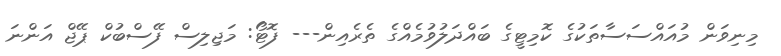
މިނިވަން މުއައްސަސާތަކުގެ ކޮމިޓީގެ ބައްދަލުވުމެއްގެ ތެރެއިން--- ފޮޓޯ: މަޖިލިސް ފޭސްބުކް ޕޭޖް އަންނަ